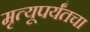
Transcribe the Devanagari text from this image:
मृत्यूपर्यंतचा